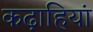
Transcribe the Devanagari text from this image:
कढ़ाहियां